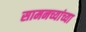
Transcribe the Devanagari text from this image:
सामनच्यांच्या